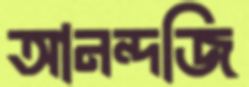
আনন্দজি